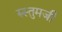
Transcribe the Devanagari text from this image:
रुस्तुमजी